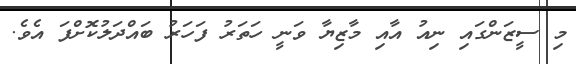
މި ސީޒަންގައި ނިއު އާއި މާޒިޔާ ވަނީ ހަތަރު ފަހަރު ބައްދަލުކޮށްފަ އެވެ.